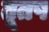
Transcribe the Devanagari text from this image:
तूतष